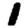
Digit: 1